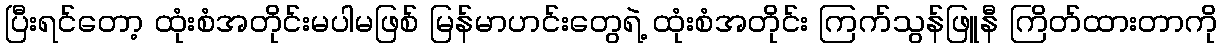
ပြီးရင်တော့ ထုံးစံအတိုင်းမပါမဖြစ် မြန်မာဟင်းတွေရဲ့ ထုံးစံအတိုင်း ကြက်သွန်ဖြူနီ ကြိတ်ထားတာကို